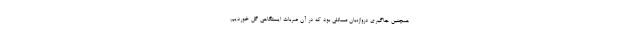
همچنین جاگیری دروازه‌بان مسائلی بود که در آن ضربات ایستگاهی گل خوردیم.